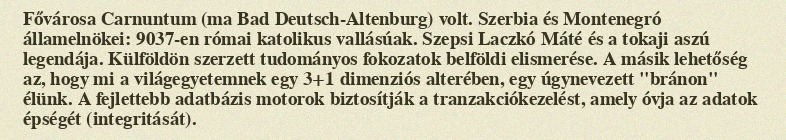
Fővárosa Carnuntum (ma Bad Deutsch-Altenburg) volt. Szerbia és Montenegró államelnökei: 9037-en római katolikus vallásúak. Szepsi Laczkó Máté és a tokaji aszú legendája. Külföldön szerzett tudományos fokozatok belföldi elismerése. A másik lehetőség az, hogy mi a világegyetemnek egy 3+1 dimenziós alterében, egy úgynevezett "bránon" élünk. A fejlettebb adatbázis motorok biztosítják a tranzakciókezelést, amely óvja az adatok épségét (integritását).